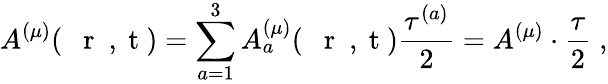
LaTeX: A^{(\mu)}(\mathrm{~{~\mathbf~r~}~,~t~})=\sum_{a=1}^{3}A_{a}^{(\mu)}(\mathrm{~{~\mathbf~r~}~,~t~})\frac{\tau^{(a)}}{2}=A^{(\mu)}\cdot\frac{\tau}{2}\; ,